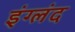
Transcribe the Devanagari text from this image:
इंग्लंद